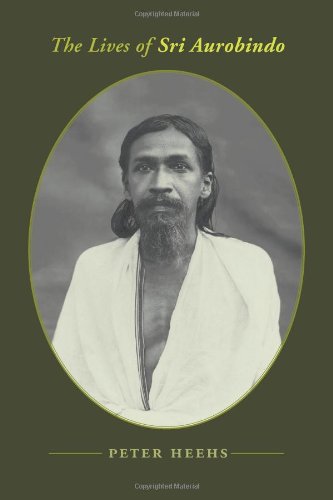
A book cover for The Lives of Sri Aurobindo; Peter Heehs; Religion & Spirituality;